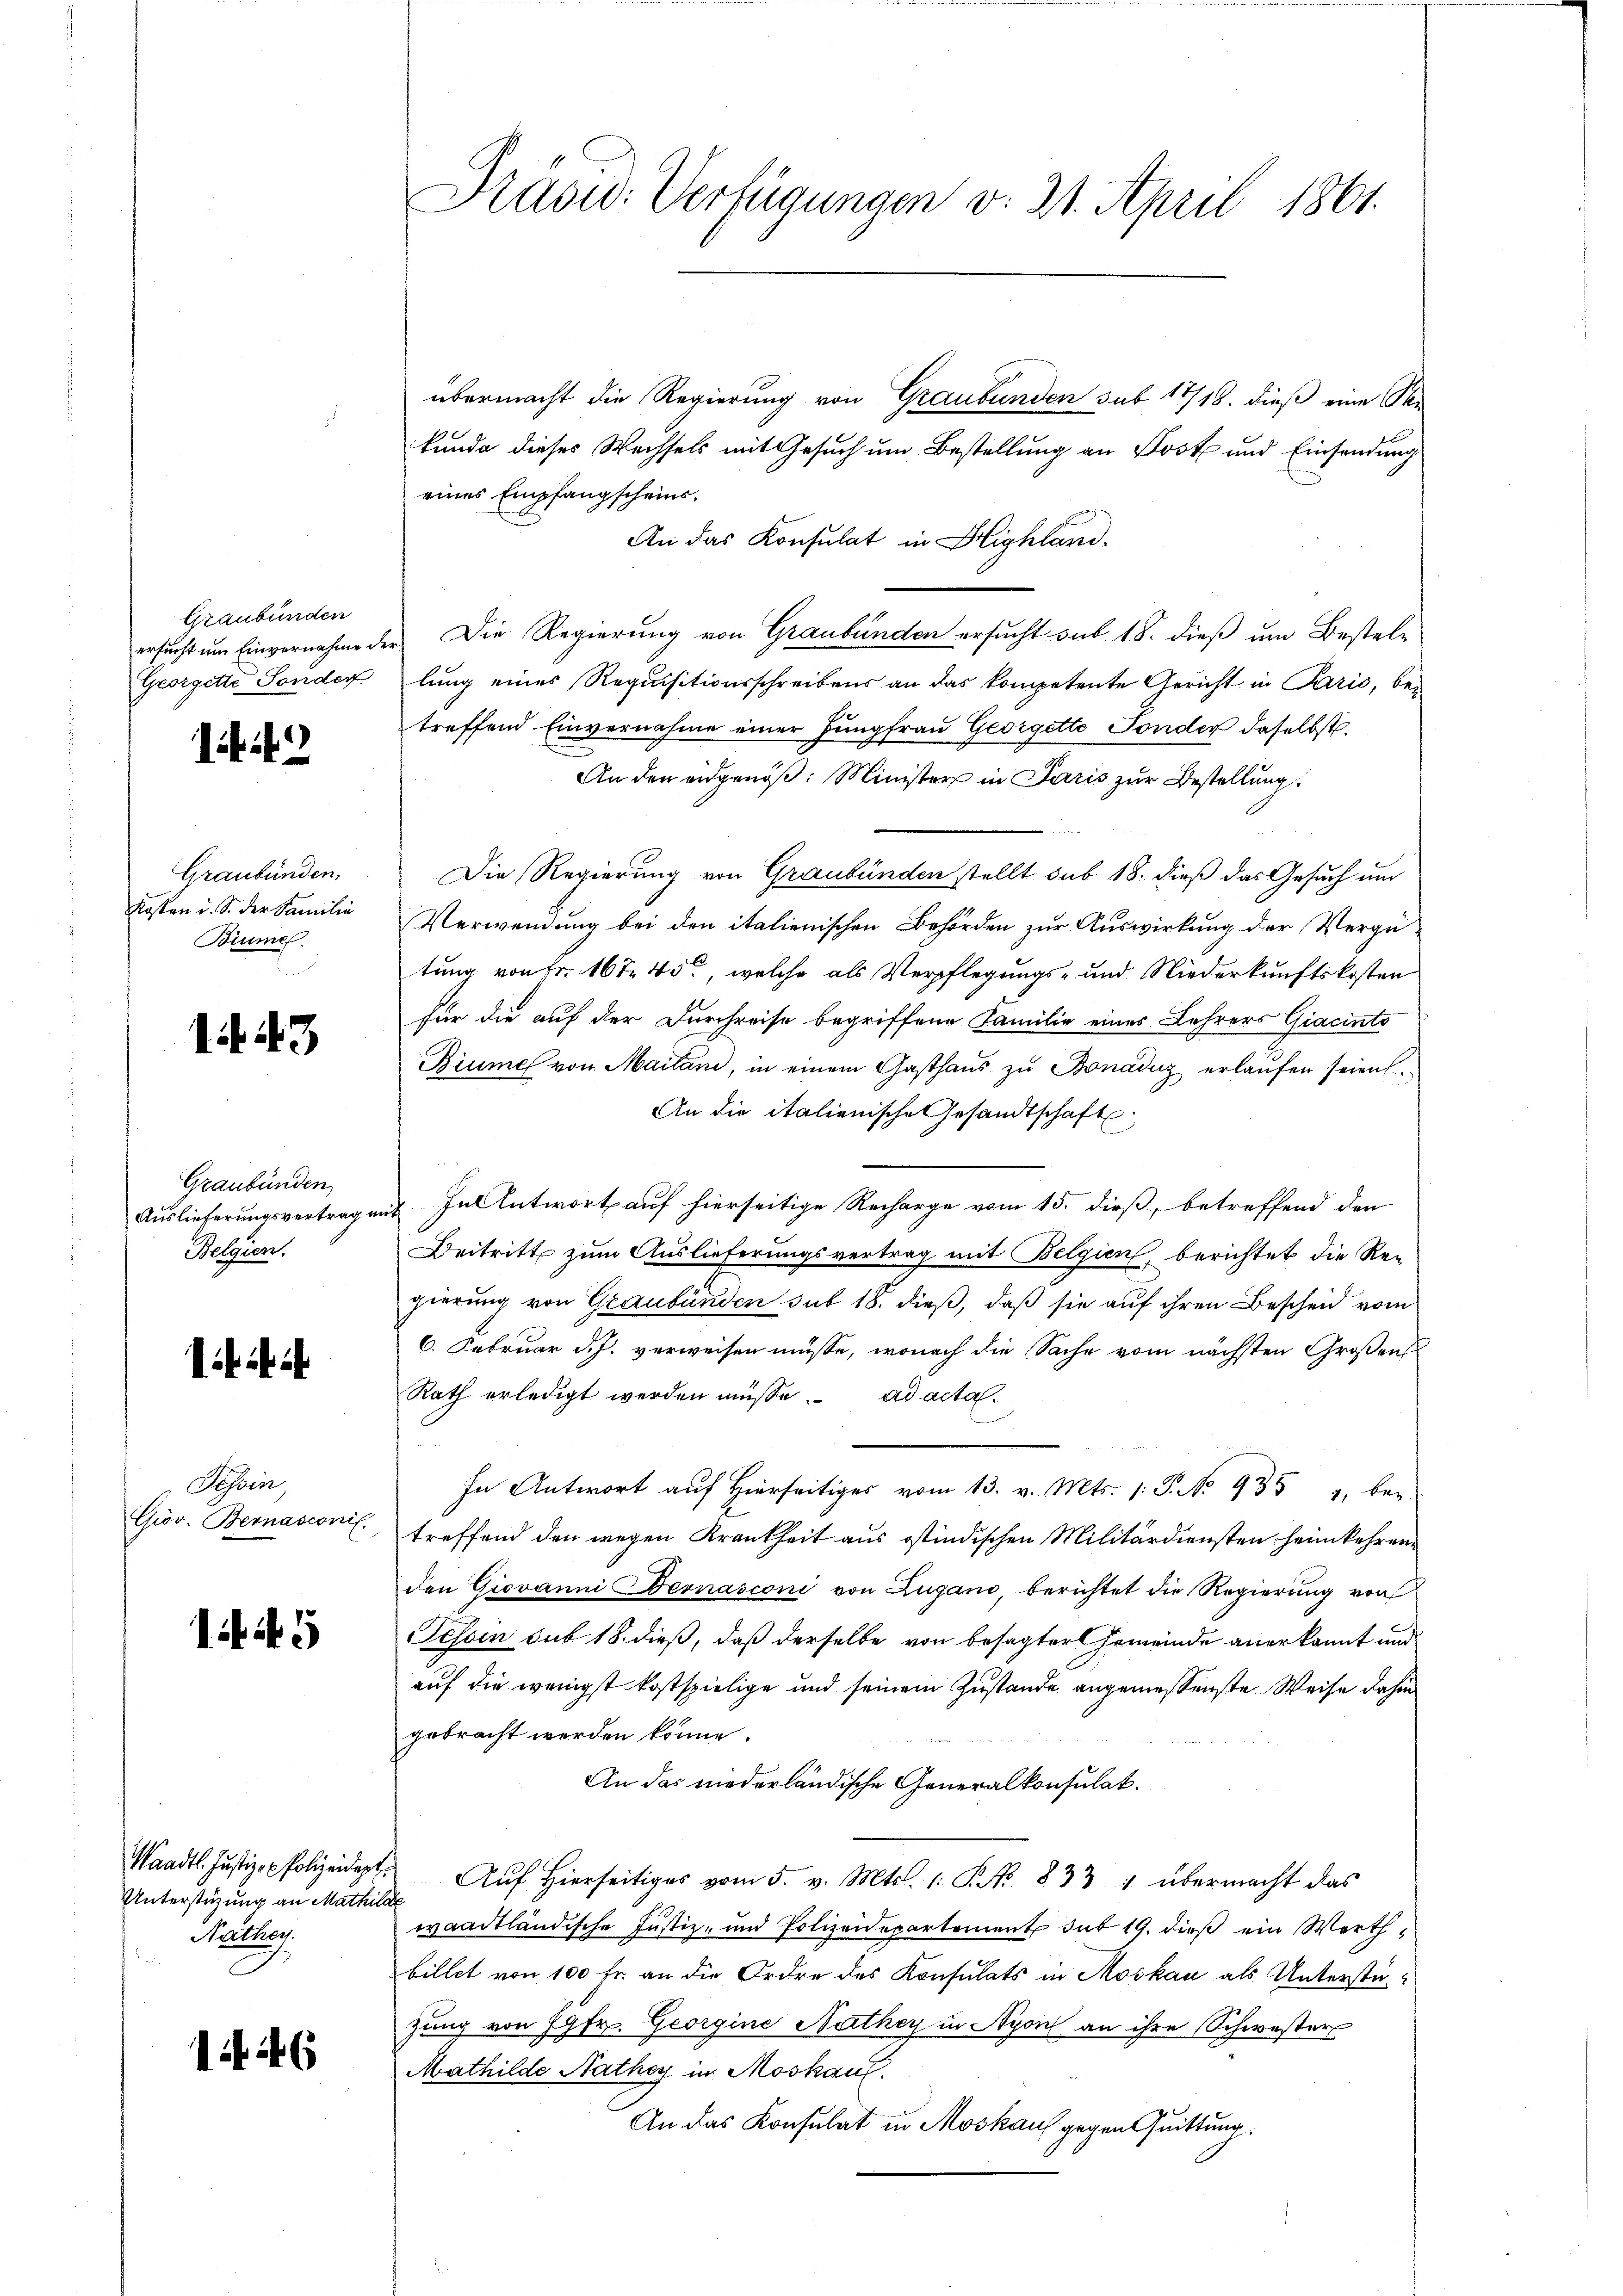
Graubünden
Georgette Sonder

19

Graubünden,
Kosten u. S. der Familie
Biume.

1. 43

Graubünden,
Belgien.

fi i

Sehen,
Göv. Bernasconil.

if. 3

Unterstüzung an Mathilde
Näthe.

1 26

übermacht die Regierung von Graubünden sub 17/18. dieß eine Ste
kunde dieses Wechsels mit Gesuch um Bestellung an Post und Einsendung
eines Empfangscheins¬
An das Konsulat in Highland.
ersucht um Einvernahme der Die Regierung von Graubünden ersucht sub 18. dieß um Bestellung eines Requisitionsschreibens an das kompetente Gericht in Paris, betreffend Einvernahme einer Jungfrau Georgette Fonder daselbst.
An den eidgenöß: Minister in Paris zur Bestellung
Die Regierung von Graubünden stellt sub 18. dieß das Gesuch um
Verwendung bei den italienischen Behörden zur Auswirkung der Vergütung von Fr. 167. 45, welche als Verpflegungs- und Niederkunftskosten
für die auf der Durchreise begriffene Familie eines Lehrers Giacinto
Biume von Maitan, in einem Gasthaŭs zŭ Bonaduz erlaŭfen seien.
An die italienische Gesandtschaft
Auslieferungsvertrag mit In Antwort auf hierseitige Recharge vom 15. dieß, betreffend den
Beitritt zum Auslieferungsvertrag mit Belgien, berichtet die Regierung von Graubünden sub 18. dieß, daß sie auf ihren Bescheid vom
6. Februar d. J. verweisen müsse, wonach die Sache vom nächsten Großens
Rath erledigt werden müsse. ad acta
In Antwort auf Hierseitiges vom 13. v. Mts. (: P. No 935 " ber
treffend den wegen Krankheit aus ostindischen Militärdiensten heimkehren
den Giovanni Bernasconi von Zugano, berichtet die Regierŭng von
Fessen sub 18. dieß, daß derselbe von besagter Gemeinde anerkannt und
auf die wenigst kostspielige und seinem Zustande angemessenste Weise dahin
gebracht werden könne.
An das niederländische Generalkonsulat.
Waadt. Justiz - Polizeidigt. Aŭf Hierseitiges vom 5. v. Mts. 1. P. Nr. 833 1 übermacht das
waadtländische Justiz- und Polizeidepartement sub 19. dieß ein Werth
billet von 100 Fr. an die Ordre des Konsulats in Moskau als Unterstüzung von Jgfr. Georgine Nathey in Nyon an ihre Schwester
Mathilde Nathey in Moskauf.
An das Konsulat in Moskauf gegen Quittung:

Präsid. Verfügungen v. 31. April 1861.